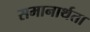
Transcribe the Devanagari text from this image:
समानार्थता